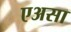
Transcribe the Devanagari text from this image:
एअसा